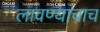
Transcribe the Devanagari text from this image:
लावण्याचाच